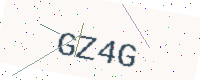
Text: GZ4G